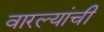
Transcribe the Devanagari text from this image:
वारल्यांची